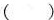
()